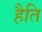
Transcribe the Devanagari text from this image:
हैति